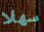
سهلا